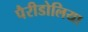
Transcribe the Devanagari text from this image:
पैरीडोलिया